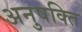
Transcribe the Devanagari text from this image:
अनुषक्ति